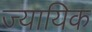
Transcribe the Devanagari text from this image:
ज्यायिक